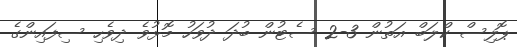
ޕޮލިސް ކްލަބް އަތުން 3-2 ސެޓުން ބުދަ ދުވަހު މޮޅުވެ ދިވެހި ސިފައިންގެ